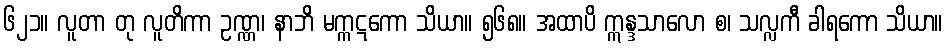
၆၂၁။ လူတာ တု လူတိကာ ဥဏ္ဏ၊ နာဘိ မက္ကဋကော သိယာ။ ၅၆၈။ အထာပိ ဣန္ဒသာလော စ၊ သလ္လကီ ခါရကော သိယာ။